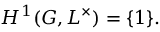
H ^ { 1 } ( G , L ^ { \times } ) = \{ 1 \} .